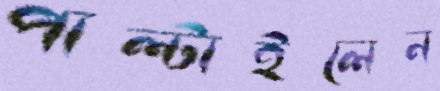
পাল্‌টাইলেন